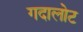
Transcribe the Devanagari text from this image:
गदालोट